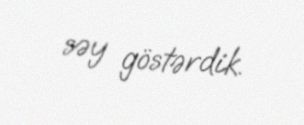
səy göstərdik.